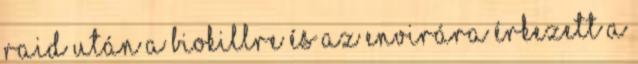
Raid után a Biokillre és az Envirára érkezett a